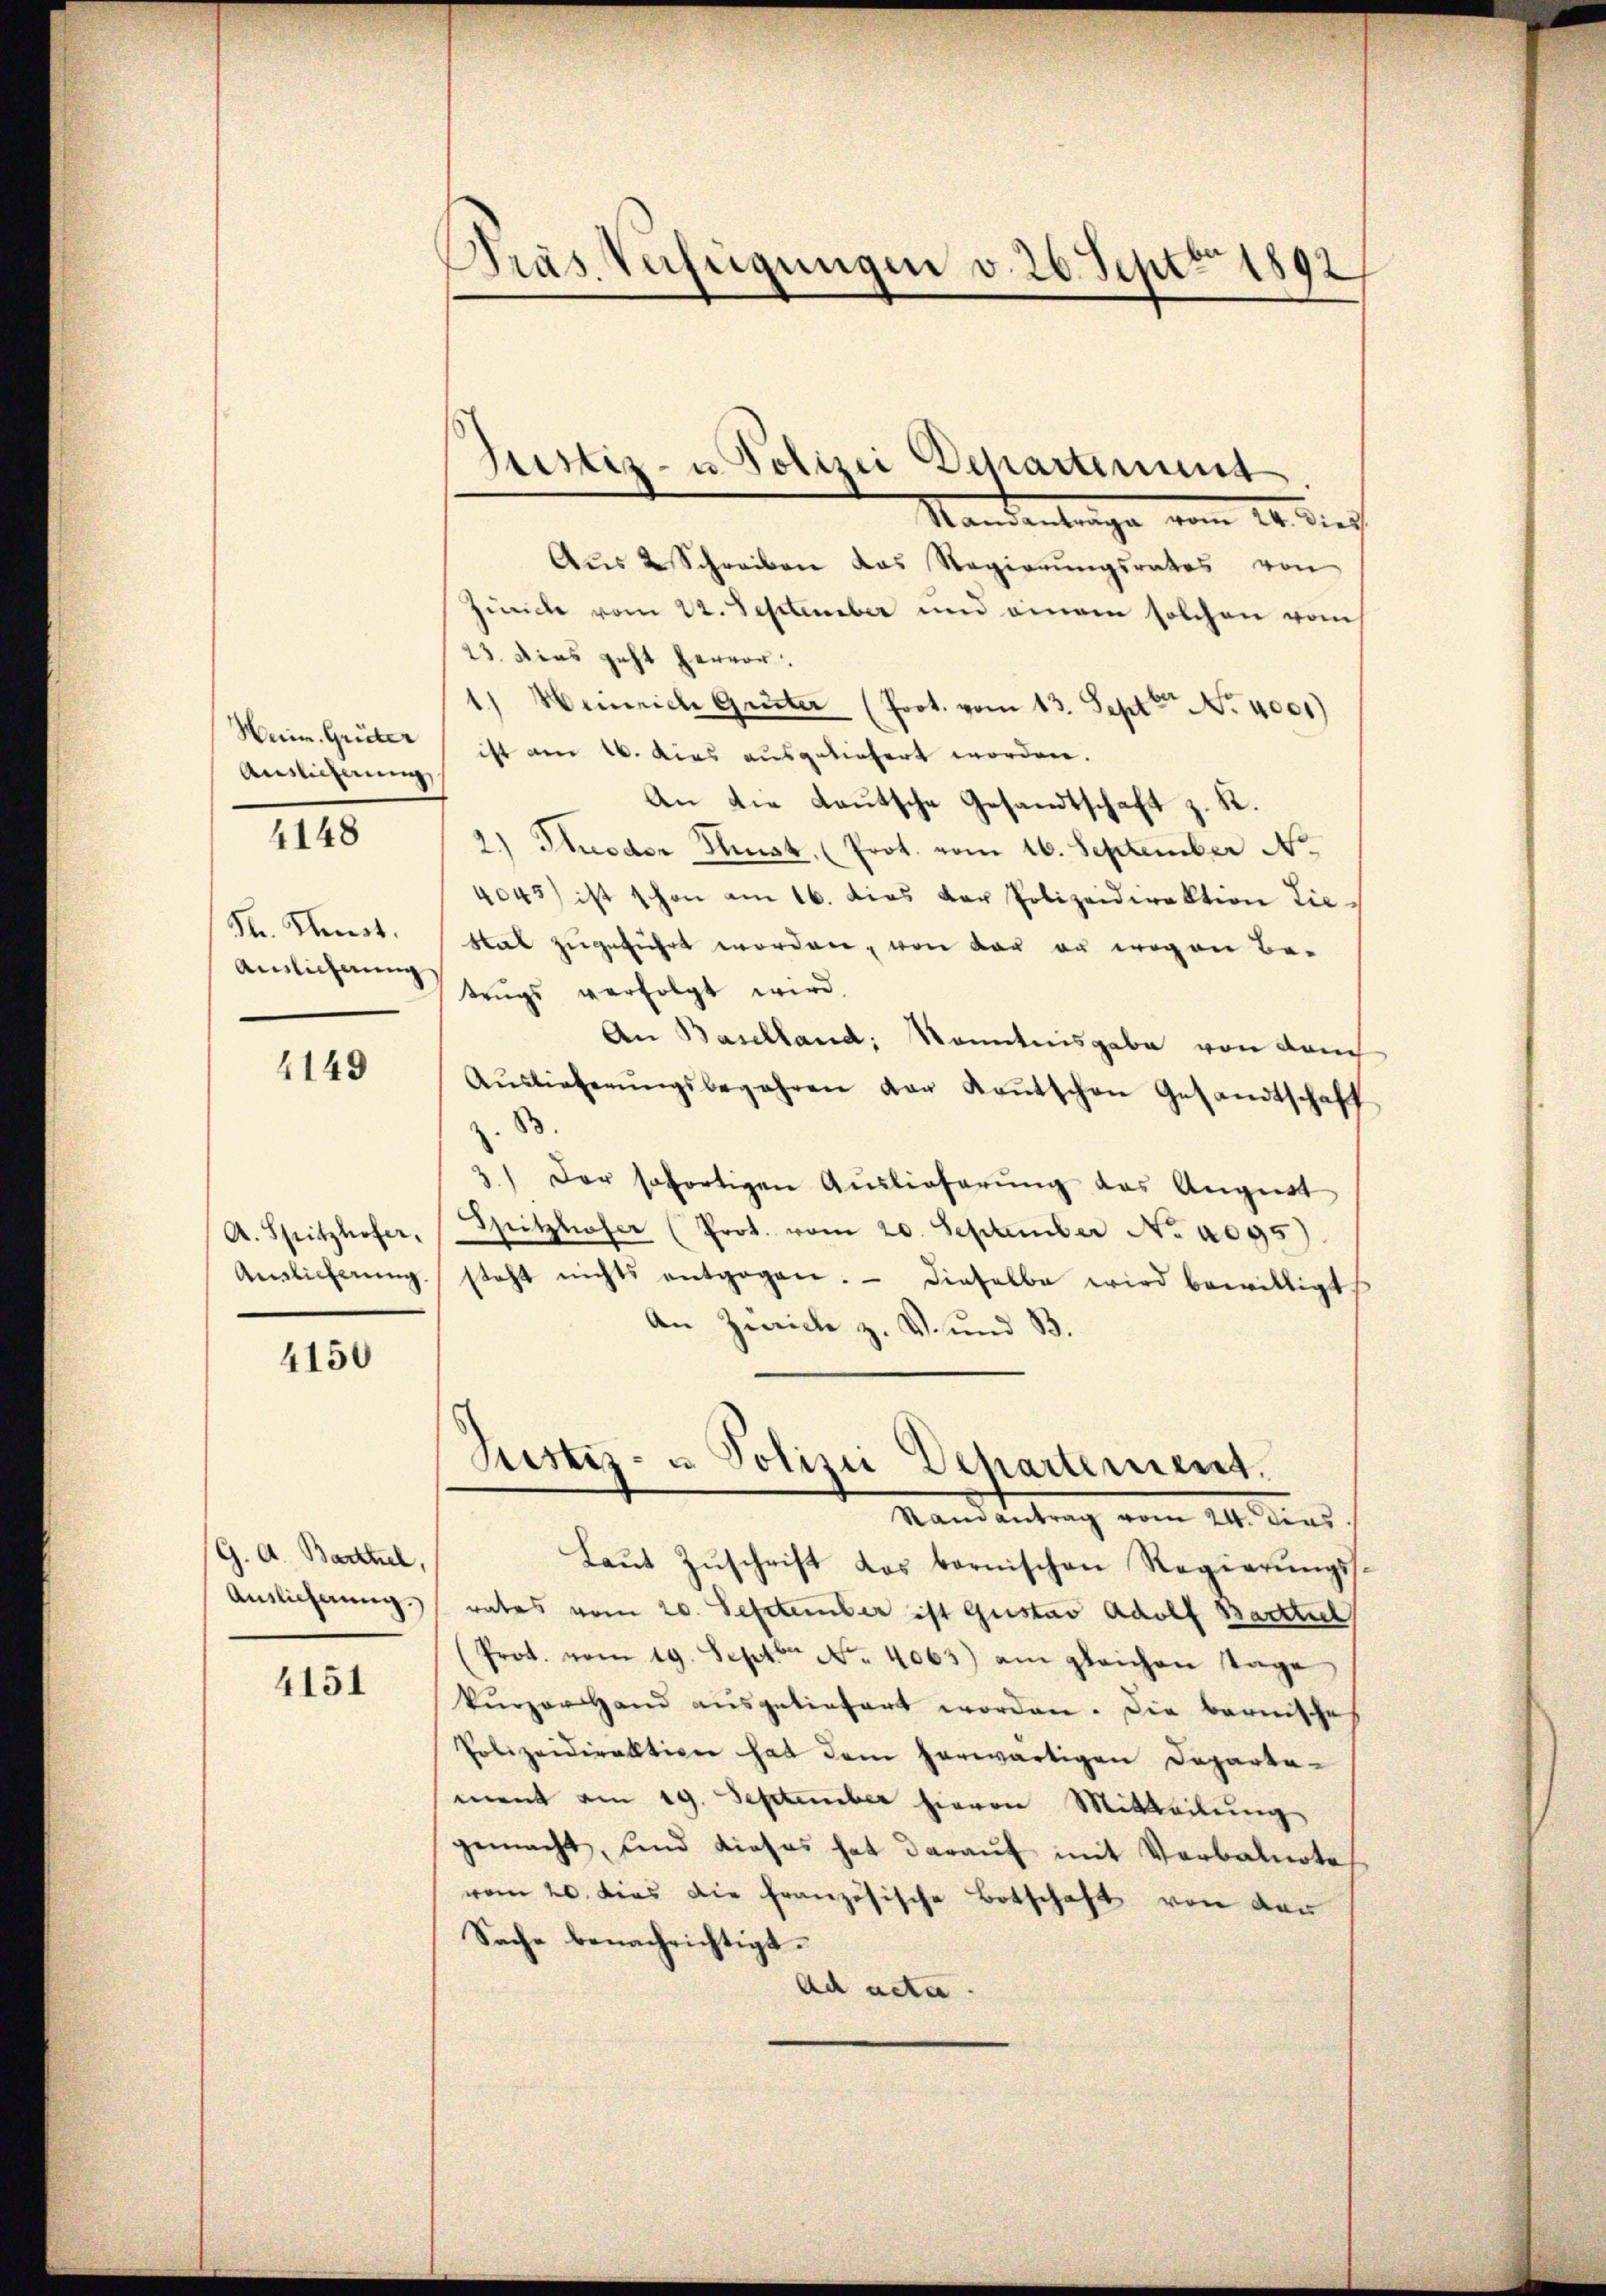
Wein Grüter
Auslicherung

4148

Str. Kunst.
Ainlichnung

4149

A. Spitzhofer,
Auslicherung.

4150

G. A. Barthel,
Auslicherung.)

4151

Präs. Verfügungen v. 26. Sept. 1892

sustiz- u. Polizei Departimung

Mandentrage vom 20. die
Aŭs 2 Schreiben das Regierŭngsrates von
Zürich vom 22. September und einem solchen vom
23. dies geht hervor.
1.) Heinrich Grüter (Prot. vom 13. Sept No. 4001)
ist am 16. dies ausgeliefert worden.
An die Lautsche Gesandtschaft z. R.
2.) Soder Thust, (Prot. vom 16. September No.
4045) ist schon am 16. dies der Polizeidirektion Lie¬
Rat zugeführt worden, von der er wegen Be-
tzŭgs verfolgt wird.
An Baselland: Kenntnisgabe von dem
Aŭslieferŭngsbegehren von Kantschen Gesandtschaft
z
3.) Der sofortigen Auslieferŭng des Angest
Spitzloser (Prot. vom 20. September No. 4095)
steht nichts entgegen. Dieselbe wird bewilligt.
An Zwicke z. V. und B.

Justiz- u. Polizei Departement.
Ranantrag vom 24. dies

Laŭt Zŭschrift das bernischen Regierŭngs-
rates vom 20. September ist Gustav Adolf Barthiel
(Prot. vom 19. Sept No. 4063) am gleichen Tage
kŭrzer Hand ausgeliefert worden. Die bernische
Polizeidirektion hat dem herwärtigen Departement am 19. September hievon Mittheilung
gemacht, sind dieses hat daraŭf mit Verbalnote
vom 20. dies die französische Botschaft von den
Sache benachrichtigt.
Ad acta.